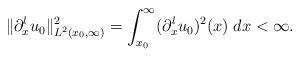
LaTeX: \begin{align*}\|\partial_x^lu_0\|_{L^2(x_0,\infty)}^2= \int_{x_0}^\infty (\partial_x^lu_0)^2(x) \; dx< \infty.\end{align*}